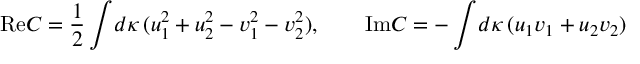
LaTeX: \mathrm { R e } C = { \frac { 1 } { 2 } } \int \! d \kappa \, ( u _ { 1 } ^ { 2 } + u _ { 2 } ^ { 2 } - v _ { 1 } ^ { 2 } - v _ { 2 } ^ { 2 } ) , \qquad \mathrm { I m } C = - \int \! d \kappa \, ( u _ { 1 } v _ { 1 } + u _ { 2 } v _ { 2 } )